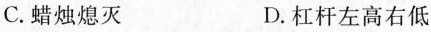
C.蜡烛熄灭 D.杠杆左高右低